Report on the lunatic asylums under the Government of Bombay - 1904-1913
Year: 1904
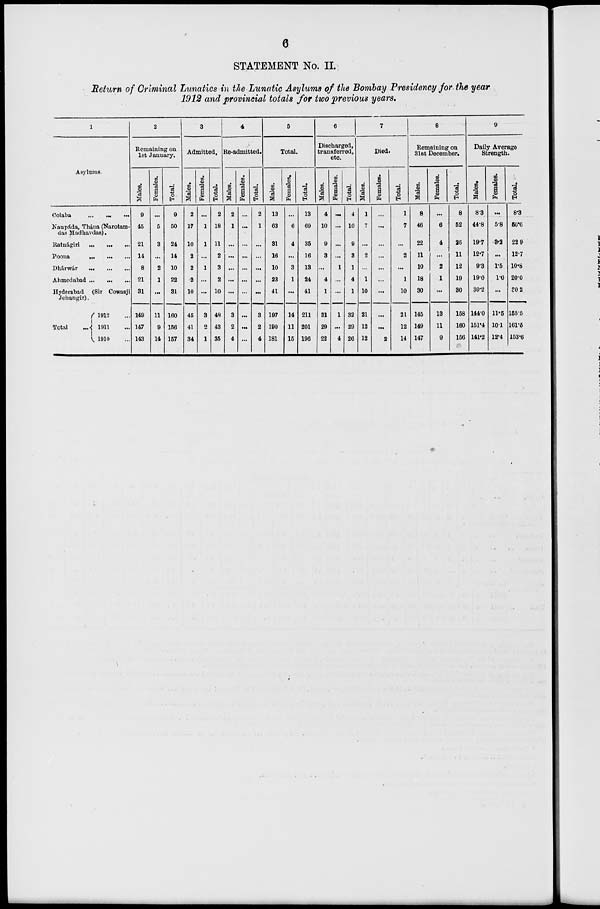
6
STATEMENT No. II.
Return of Criminal Lunatics in the Lunatic Asylums of the Bombay Presidency for the year
1912 and provincial totals for two previous years.
1
Asylums.
Colaba
...
...
...
Naupáda, Thána (Narotam-
das Madhavdas).
Ratnágiri
...
...
...
Poona ... ... ...
Dhárwár
...
...
...
Ahmedabad ... ... ...
Hyderabad (Sir Cowasji
Jehangir).
Total ...
1912 ...
1911 ...
1910 ...
2
Remaining on
1st January.
Males.
9
45
21
14
8
21
31
149
147
143
Females.
...
5
3
...
2
1
...
11
9
14
Total.
9
50
24
14
10
22
31
160
156
157
3
Admitted.
Males.
2
17
10
2
2
2
10
45
41
34
Females.
...
1
1
...
1
...
...
3
2
1
Total.
2
18
11
2
3
2
10
48
43
35
4
Re-admitted.
Males.
2
1
...
...
...
...
...
3
2
4
Females.
...
...
...
...
...
...
...
...
...
...
Total.
2
1
...
...
...
...
...
3
2
4
5
Total.
Males.
13
63
31
16
10
23
41
197
190
181
Females.
...
6
4
...
3
1
...
14
11
15
Total.
13
69
35
16
13
24
41
211
201
196
6
Discharged,
transferred,
etc.
Males.
4
10
9
3
...
4
1
31
29
22
Females.
...
...
...
...
1
...
...
1
...
4
Total.
4
10
9
3
1
4
1
32
29
26
7
Died.
Males.
1
7
...
2
...
1
10
21
12
12
Females.
...
...
...
...
...
...
...
...
...
2
Total.
1
7
...
2
...
1
10
21
12
14
8
Remaining on
31st December.
Males.
8
46
22
11
10
18
30
145
149
147
Females.
...
6
4
...
2
1
...
13
11
9
Total.
8
52
26
11
12
19
30
158
160
156
9
Daily Average
Strength.
Males.
8.3
44.8
19.7
12.7
9.3
19.0
30.2
144.0
151.4
141.2
Females.
...
5.8
3.2
...
1.5
1.0
...
11.5
10.1
12.4
Total.
8.3
50.6
22.9
12.7
10.8
20.0
30.2
155.5
161.5
153.6